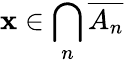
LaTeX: \mathbf{x}\in\bigcap_{n}{\overline{{{A_{n}}}}}